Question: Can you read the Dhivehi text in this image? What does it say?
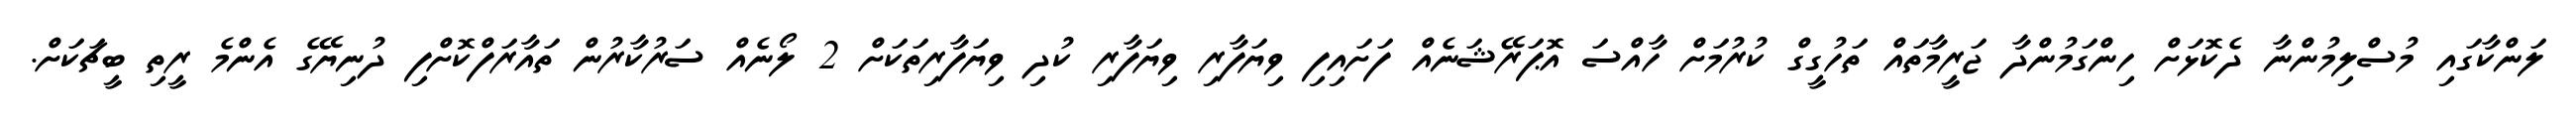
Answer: ލަންކާގައި މުސްލިމުންނާ ދެކޮޅަށް ހިންގަމުންދާ ޖަރީމާތައް ތަހުގީގް ކުރުމަށް ހާއްސަ އޮޕަރޭޝަނެއް ފަށައިފި ވިޔަފާރި ވިޔަފާރި ކުދި ވިޔަފާރިތަކަށް 2 ލޯނެއް ސަރުކާރުން ތައާރަފްކޮށްފި ދުނިޔޭގެ އެންމެ ރީތި ބީޗަކަށް.